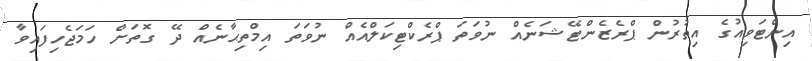
އިންޓަވިއުގެ އިތުރުން ޕްރެޒެންޓޭޝަނެއް ނުވަތަ ޕްރެކްޓިކަލްއެއް ނުވަތަ އިމްތިޙާނެއް ދޭ ގޮތަށް ހަމަޖެހިފައިވާ